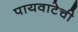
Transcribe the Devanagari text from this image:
पायवाटेची